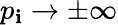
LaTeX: p_{\mathbf{i}}\to\pm\infty